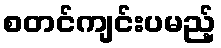
စတင်ကျင်းပမည့်